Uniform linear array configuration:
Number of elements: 24
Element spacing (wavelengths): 0.75
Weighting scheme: hamming
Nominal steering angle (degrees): -15
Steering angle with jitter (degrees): -16.508
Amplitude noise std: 0.05
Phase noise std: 0.05

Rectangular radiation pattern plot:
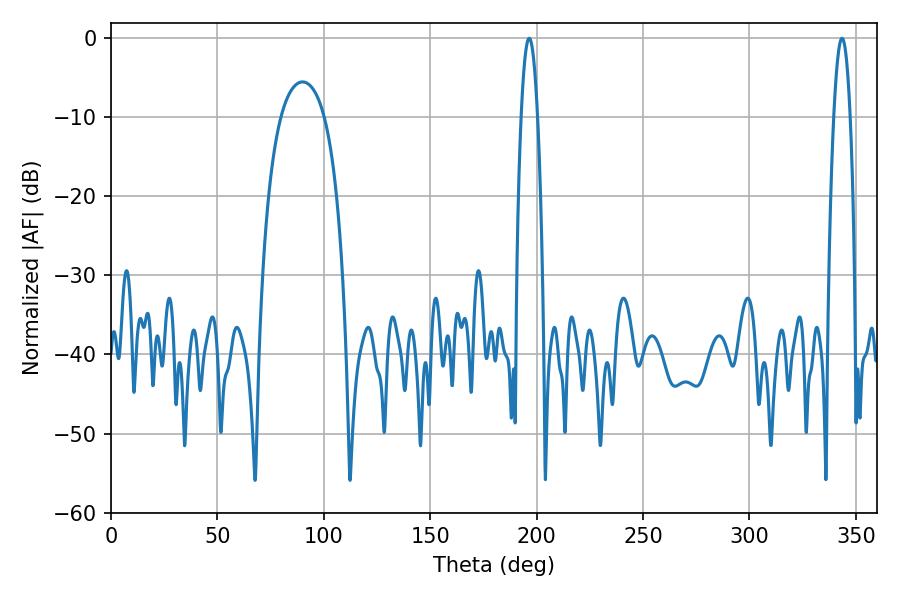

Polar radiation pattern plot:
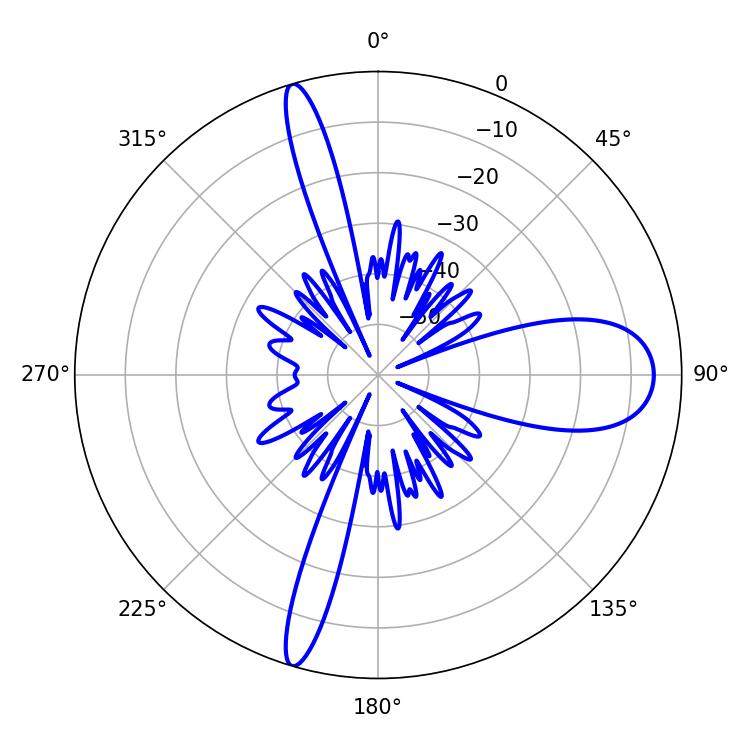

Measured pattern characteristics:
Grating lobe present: TRUE
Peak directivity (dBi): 17.102
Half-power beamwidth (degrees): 4.14
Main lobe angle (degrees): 196.56